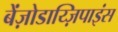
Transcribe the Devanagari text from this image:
बेंज़ोडाय्ज़िपाइंस